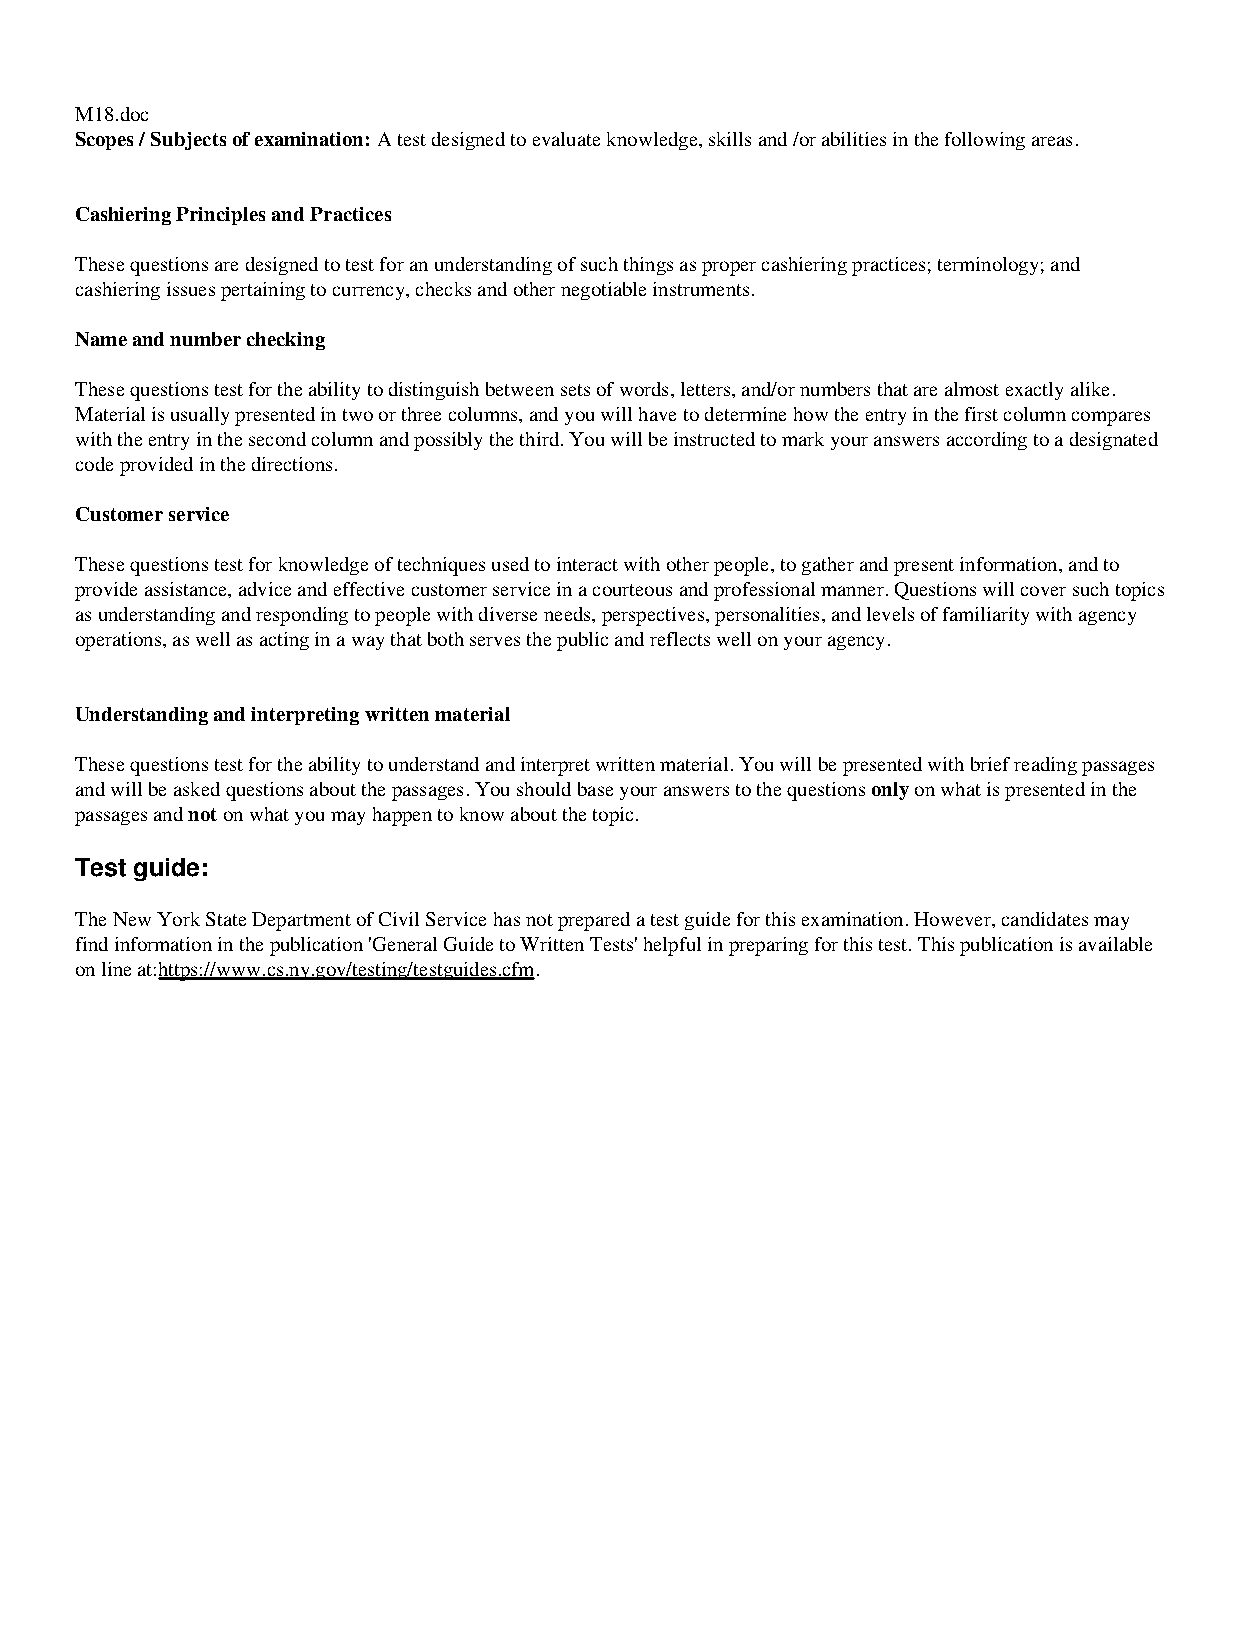
M18.doc
 Scopes / Subjects of examination: A test designed to evaluate knowledge, skills and /or abilities in the following areas.
 Cashiering Principles and Practices
 These questions are designed to test for an understanding of such things as proper cashiering practices; terminology; and
 cashiering issues pertaining to currency, checks and other negotiable instruments.
 Name and number checking
 These questions test for the ability to distinguish between sets of words, letters, and/or numbers that are almost exactly alike.
 Material is usually presented in two or three columns, and you will have to determine how the entry in the first column compares
 with the entry in the second column and possibly the third. You will be instructed to mark your answers according to a designated
 code provided in the directions.
 Customer service
 These questions test for knowledge of techniques used to interact with other people, to gather and present information, and to
 provide assistance, advice and effective customer service in a courteous and professional manner. Questions will cover such topics
 as understanding and responding to people with diverse needs, perspectives, personalities, and levels of familiarity with agency
 operations, as well as acting in a way that both serves the public and reflects well on your agency.
 Understanding and interpreting written material
 These questions test for the ability to understand and interpret written material. You will be presented with brief reading passages
 and will be asked questions about the passages. You should base your answers to the questions only on what is presented in the
 passages and not on what you may happen to know about the topic.
 Test guide:
 The New York State Department of Civil Service has not prepared a test guide for this examination. However, candidates may
 find information in the publication 'General Guide to Written Tests' helpful in preparing for this test. This publication is available
 on line at:https://www.cs.ny.gov/testing/testguides.cfm.